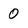
Character: 0